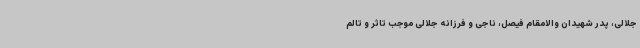
جلالی، پدر شهیدان والامقام فیصل، ناجی و فرزانه جلالی موجب تاثر و تالم